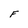
Character: F